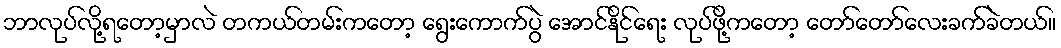
ဘာလုပ်လို့ရတော့မှာလဲ တကယ်တမ်းကတော့ ရွေးကောက်ပွဲ အောင်နိုင်ရေး လုပ်ဖို့ကတော့ တော်တော်လေးခက်ခဲတယ်။